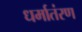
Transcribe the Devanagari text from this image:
धर्मातंरण